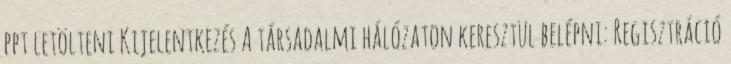
ppt letölteni Kijelentkezés A társadalmi hálózaton keresztül belépni: Regisztráció